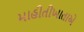
માહીતીખાતાએ